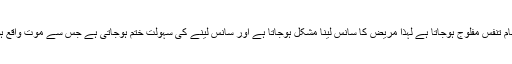
اس میں نظام تنفس مفلوج ہوجاتا ہے لہذا مریض کا سانس لینا مشکل ہوجاتا ہے اور سانس لینے کی سہولت ختم ہوجاتی ہے جس سے موت واقع ہوجاتی ہے۔